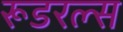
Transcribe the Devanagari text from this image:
रूडरल्स